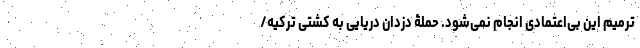
ترمیم این بی‌اعتمادی انجام نمی‌شود. حملۀ دزدان دریایی به کشتی ترکیه/